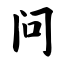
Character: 问